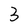
Character: 3